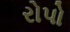
રોપો